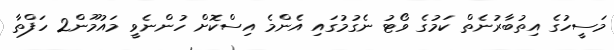
މަސީހުގެ އިތުބާރުނެތް ކަމުގެ ވޯޓު ނެގުމުގައި އެންމެ އިސްކޮށް ހުންނެވީ މައުމޫން2 ހަފްތާ